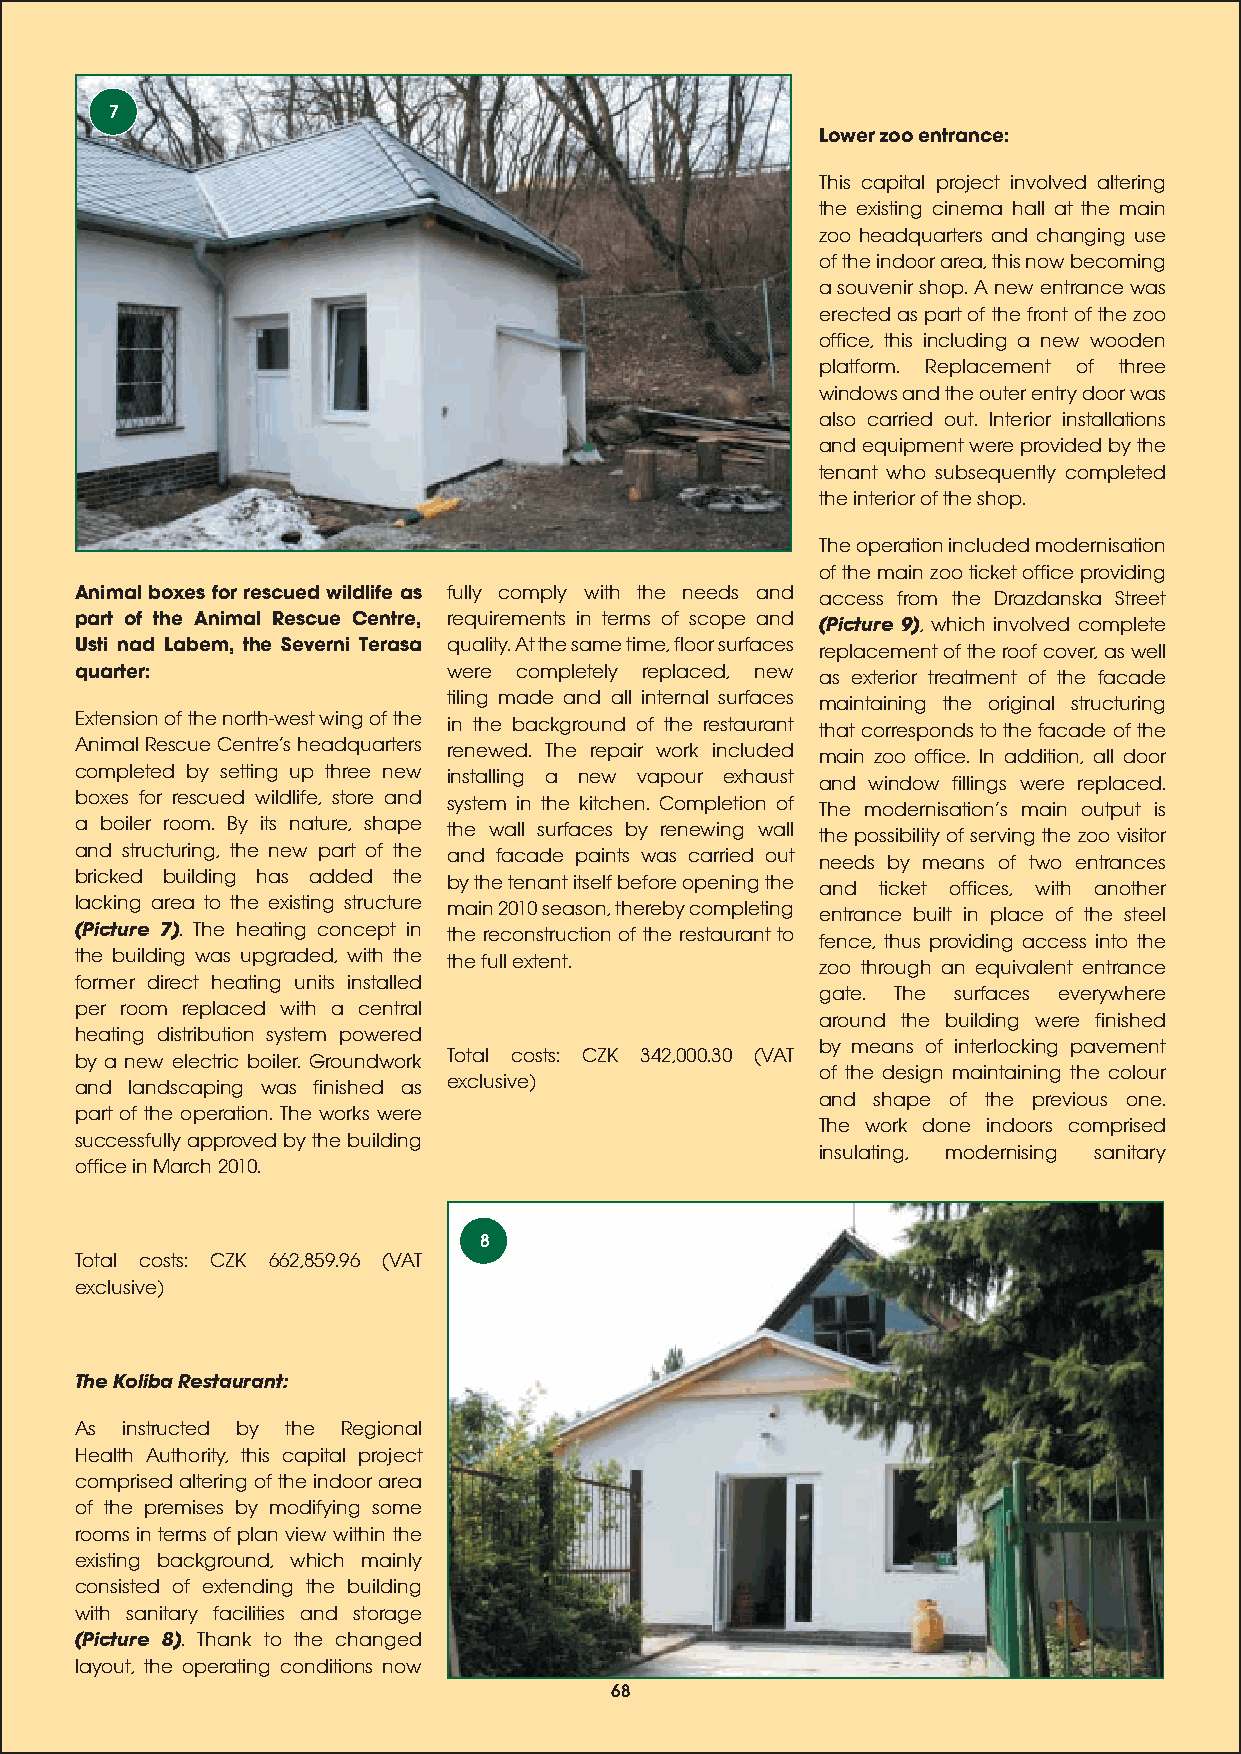
7
 Lower zoo entrance:
 This capital project involved altering
 the existing cinema hall at the main
 zoo headquarters and changing use
 of the indoor area, this now becoming
 a souvenir shop. A new entrance was
 erected as part of the front of the zoo
 office, this including a new wooden
 platform. Replacement of three
 windows and the outer entry door was
 also carried out. Interior installations
 and equipment were provided by the
 tenant who subsequently completed
 the interior of the shop.
 The operation included modernisation
 of the main zoo ticket office providing
 Animal boxes for rescued wildlife as fully comply with the needs and access from the Drazdanska Street
 part of the Animal Rescue Centre, requirements in terms of scope and (Picture 9), which involved complete
 Usti nad Labem, the Severni Terasa quality. At the same time, floor surfaces replacement of the roof cover, as well
 quarter:                 were completely replaced, new as exterior treatment of the facade
 tiling made and all internal surfaces
 maintaining the original structuring
 Extension of the north-west wing of the in the background of the restaurant
 that corresponds to the facade of the
 Animal Rescue Centres headquarters renewed. The repair work included
 main zoo office. In addition, all door
 completed by setting up three new installing a new vapour exhaust
 and window fillings were replaced.
 boxes for rescued wildlife, store and system in the kitchen. Completion of
 The modernisations main output is
 a boiler room. By its nature, shape the wall surfaces by renewing wall
 the possibility of serving the zoo visitor
 and structuring, the new part of the and facade paints was carried out
 needs by means of two entrances
 bricked building has added the by the tenant itself before opening the
 and ticket offices, with another
 lacking area to the existing structure main 2010 season, thereby completing
 entrance built in place of the steel
 (Picture 7). The heating concept in the reconstruction of the restaurant to
 fence, thus providing access into the
 the building was upgraded, with the the full extent.
 zoo through an equivalent entrance
 former direct heating units installed
 gate. The surfaces everywhere
 per room replaced with a central
 around the building were finished
 heating distribution system powered
 by means of interlocking pavement
 by a new electric boiler. Groundwork Total costs: CZK 342,000.30 (VAT
 of the design maintaining the colour
 and landscaping was finished as exclusive)
 and shape of the previous one.
 part of the operation. The works were
 The work done indoors comprised
 successfully approved by the building
 insulating, modernising sanitary
 office in March 2010.
 8
 Total costs: CZK 662,859.96 (VAT
 exclusive)
 The Koliba Restaurant:
 As instructed by the Regional
 Health Authority, this capital project
 comprised altering of the indoor area
 of the premises by modifying some
 rooms in terms of plan view within the
 existing background, which mainly
 consisted of extending the building
 with sanitary facilities and storage
 (Picture 8). Thank to the changed
 layout, the operating conditions now
 68